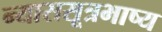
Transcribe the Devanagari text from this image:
न्याससूत्रभाष्य